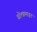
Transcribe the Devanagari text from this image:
वोल्फ्रमाइट